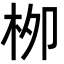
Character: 栁